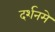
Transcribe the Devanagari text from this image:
दर्शनमे